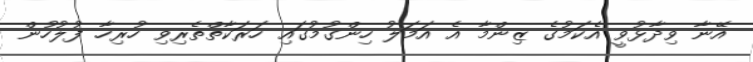
އޭނާ ވިދާޅުވީ އެކަމުގެ ޒިންމާ އެ އަމަލު ހިންގުމުގައި ހަރަކާތްތެރިވި ހުރިހާ ފުލުހުން